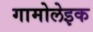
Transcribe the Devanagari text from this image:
गामोलेइक